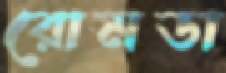
রোমডা